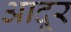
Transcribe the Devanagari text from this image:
आदूर